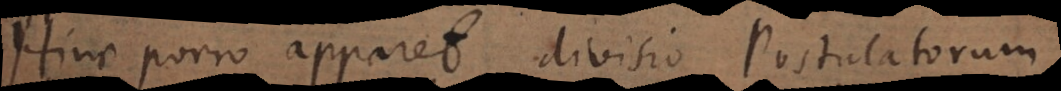
Hinc porro apparet divisio Postulatorum,